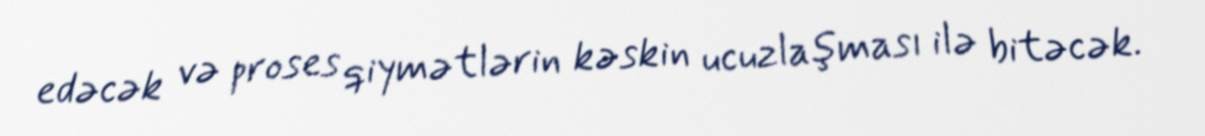
edəcək və proses qiymətlərin kəskin ucuzlaşması ilə bitəcək.